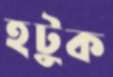
হটুক